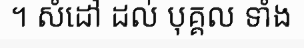
។ សំដៅ ដល់ បុគ្គល ទាំង